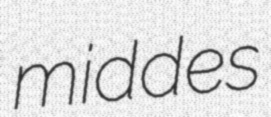
middes